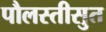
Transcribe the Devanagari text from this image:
पौलस्तीसुत